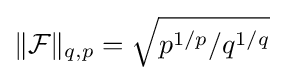
\|{\mathcal {F}}\|_{q,p}={\sqrt {p^{1/p}/q^{1/q}}}